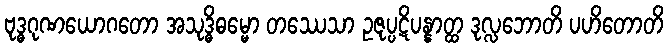
ဗုဒ္ဓဂုဏယောဂတော အသုဒ္ဓိဓမ္မော တဿေသာ ဥဇုပ္ပဋိပန္နာတ္ထ ဒုလ္လဘောတိ ပဟိတောတိ